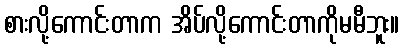
စားလို့ကောင်းတာက အိပ်လို့ကောင်းတာကိုမမီဘူး။